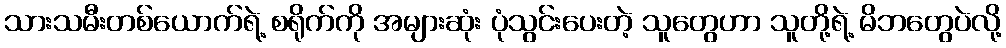
သားသမီးတစ်ယောက်ရဲ့ စရိုက်ကို အများဆုံး ပုံသွင်းပေးတဲ့ သူတွေဟာ သူတို့ရဲ့ မိဘတွေပဲလို့